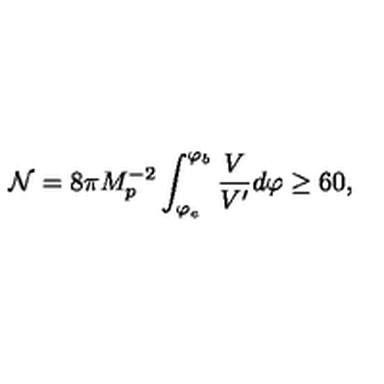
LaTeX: { \cal { N } } = 8 \pi M _ { p } ^ { - 2 } \int _ { \varphi _ { e } } ^ { \varphi _ { b } } \frac { V } { V ^ { \prime } } d \varphi \geq 6 0 ,